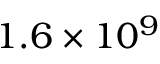
1 . 6 \times 1 0 ^ { 9 }